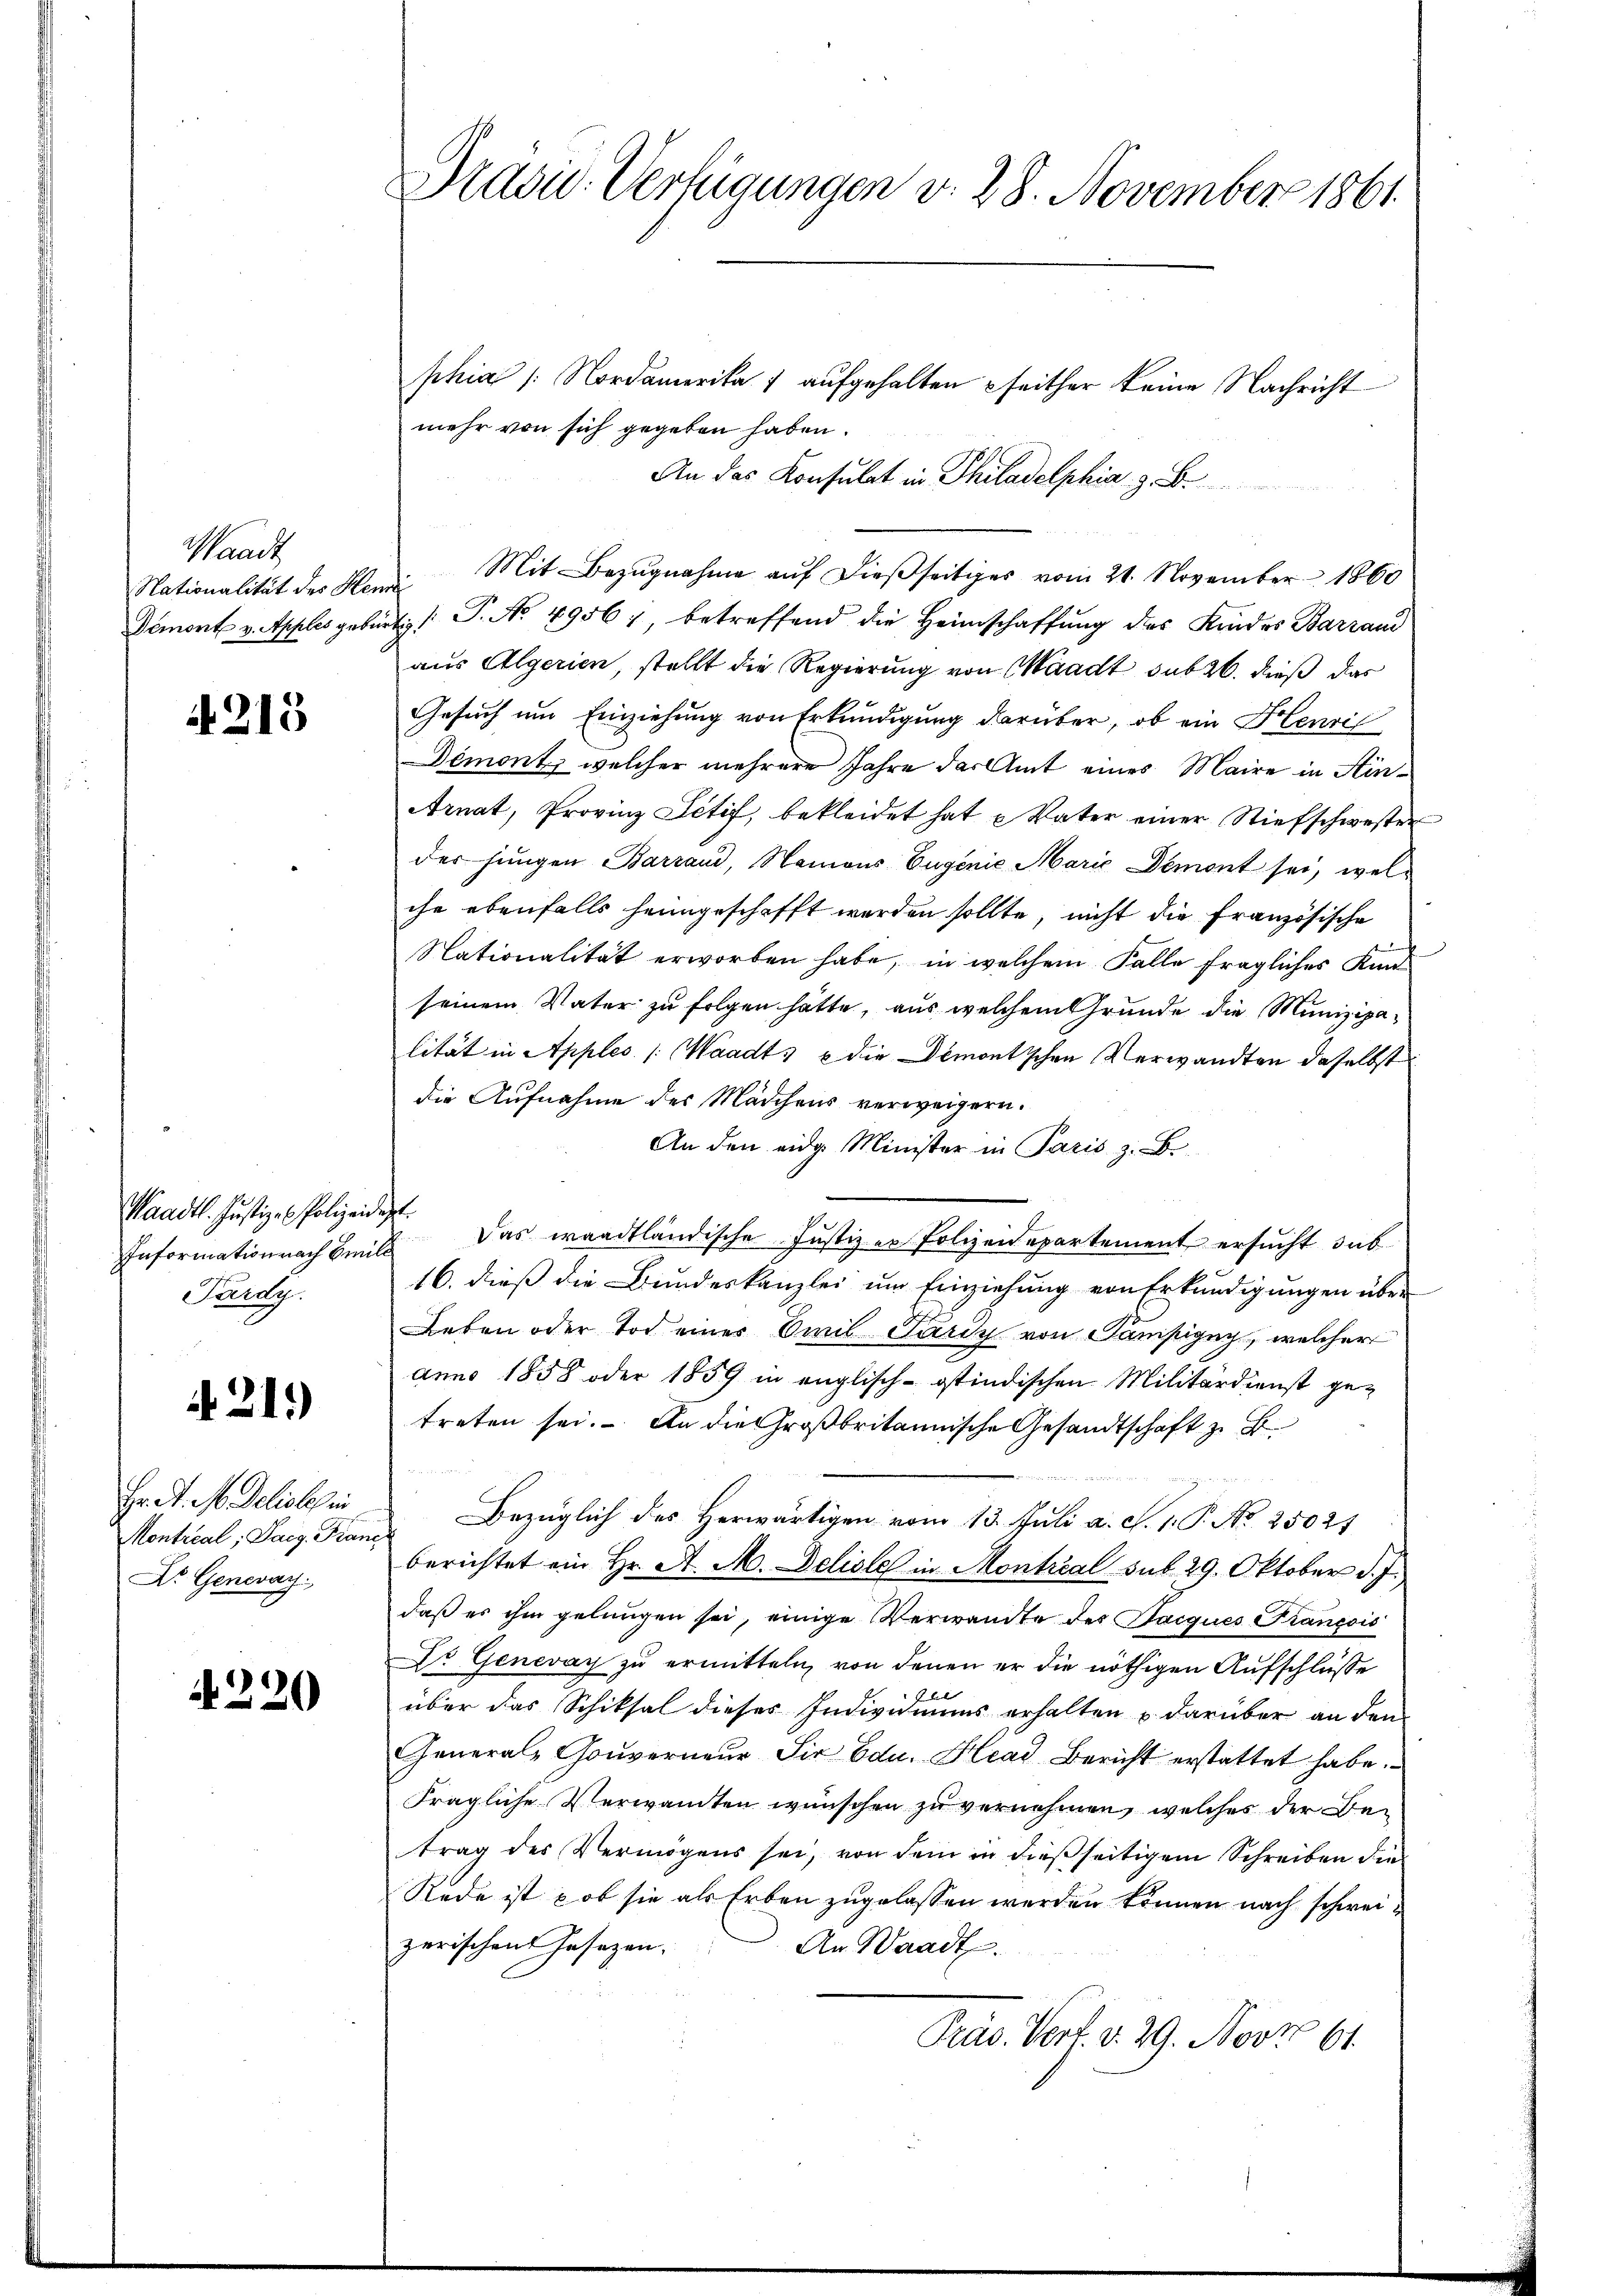
Waadt

4213

Waadt. Justiz- & Polizeidigt.
Information nach Emill
Pardy.

A 21)

Hr. P. M. Geliebes in
Montreal; Sarg. Fran
Dr. Genevay

4220

phia /: Nordamerika 7 aufgehalten seither keine Nachricht
mehr von sich gegeben haben.
An das Konsulat in Philadelphia z. B.
Nationalität des Mondi- Mit Bezŭgnahme aŭf dieβseitiges vom 21. November 1860
Demont v. Apples gebürtig /: P. No. 4956), betreffend die Heimschaffŭng des Kindes Barrand
aus Algerien, stellt die Regierung von Waadt sub 26. dieß das
Gesuch um Einziehung von Erkundigung darüber, ob ein Henric
Demont, welcher mehrere Jahre das Amt eines Maire in Hin¬
Arnat, Provinz Ictif, bekleidet hat Vater einer Stiefschwester
der jungen Barrand, Namons Eugenie Marie Demont sei, welche ebenfalls heimgeschafft werden sollte, nicht die Französische
Nationalität erworben habe, in welchem Falle fraglicher Kindseinem Vater zu folgen hatte, aus welchem Grunde die Munizipalität in Apples /: Waadt, u die Demontischen Verwandten daselbst
die Aufnahme des Mädchens verweigern.
An den eidg. Minister in Paris z. B.
Das waadtländische Justiz er Polizeidepartement ersucht, sub
16. dieß die Bundeskanzlei um Einziehung von Erkundigungen über
Leben oder Tod einer Civil Paris von Sanipigny, welcher
anno 1858 oder 1859 in englisch-östindischen Militärdienst ge-
treten sei. An die Großbritannische Gesandtschaft zu B
Bezüglich des Herwärtigen vom 13. Juli a. S. 1. P. No. 25021
ef
berichtet ein Hr. A. M. Deliole in Montrial sub 29. Oktober d. J.
daß es ihm gelungen sei, einige Verwandte des Haigues François
Dr. Genevay zu ermitteln, von denen er die nöthigen Aufschlüsse
über das Schiksal dieses Individuums erhalten u darüber an den
General-Gouverneur Sir Edu. Head Bericht erstattet habe.
Fragliche Verwandten wünschen zu vernehmen, welches der Betrag des Vermögens sei, von dem in dießseitigem Schreiben die
Rede ist ob sie als Erben zugelassen werden können nach schweizerischen Gesezen.
An Waadt.
Präs. Verf. v. 29. Nov. 61.

Präsid. Verfügungen v. 28. November 1861.